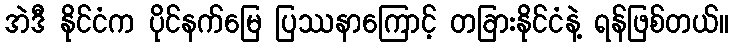
အဲဒီ နိုင်ငံက ပိုင်နက်မြေ ပြဿနာကြောင့် တခြားနိုင်ငံနဲ့ ရန်ဖြစ်တယ်။